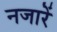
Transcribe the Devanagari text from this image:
नजारें